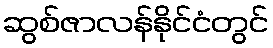
ဆွစ်ဇာလန်နိုင်ငံတွင်